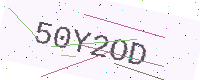
Text: 50Y2OD